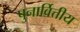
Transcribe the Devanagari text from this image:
पुनार्वित्तीय